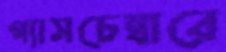
গ্যাসচেম্বারে